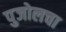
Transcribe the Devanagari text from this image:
पुजोलचा